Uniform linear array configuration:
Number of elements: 32
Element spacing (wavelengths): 0.75
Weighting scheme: binomial
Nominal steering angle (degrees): -60
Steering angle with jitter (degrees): -61.887
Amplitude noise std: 0.05
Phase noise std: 0.05

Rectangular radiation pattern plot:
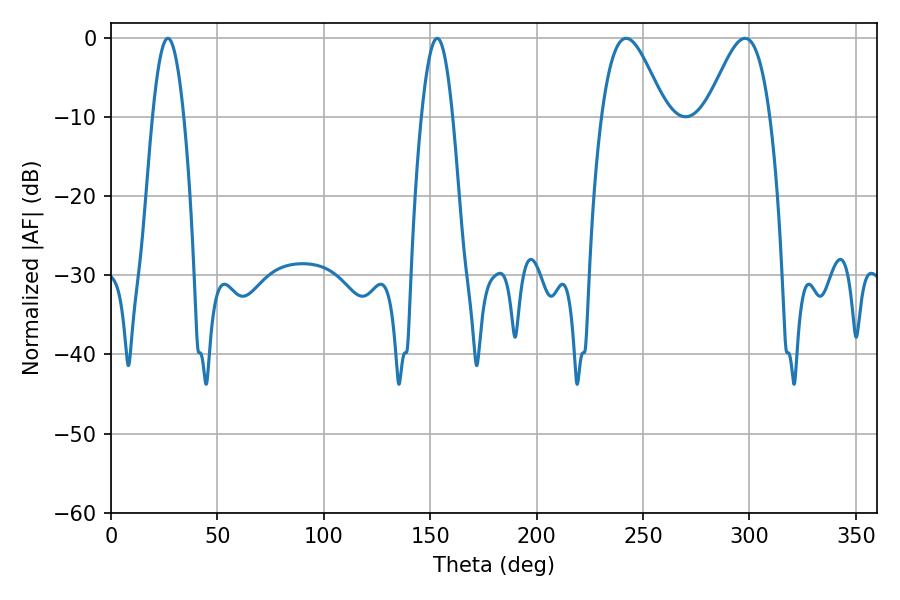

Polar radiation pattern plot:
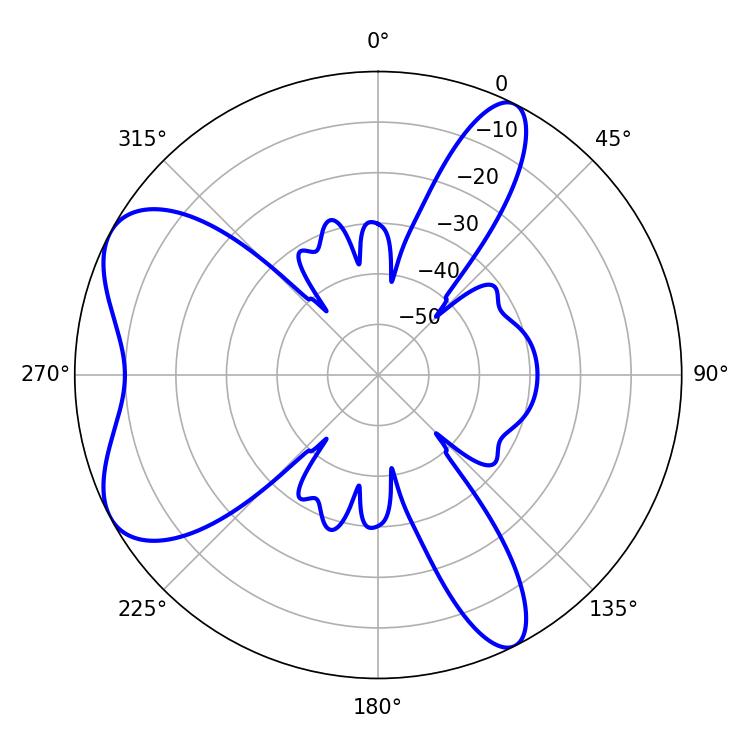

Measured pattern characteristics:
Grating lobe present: TRUE
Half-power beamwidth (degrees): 16.02
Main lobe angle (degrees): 242.1